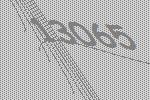
13065